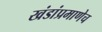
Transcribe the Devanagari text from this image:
खंडांप्रमाणेच